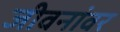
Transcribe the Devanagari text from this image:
जीवनांवर